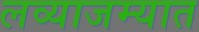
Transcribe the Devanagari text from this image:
लव्याजम्यात